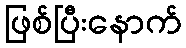
ဖြစ်ပြီးနောက်